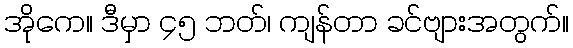
အိုကေ။ ဒီမှာ ၄၅ ဘတ်၊ ကျန်တာ ခင်ဗျားအတွက်။